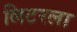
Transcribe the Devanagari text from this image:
लिटरला